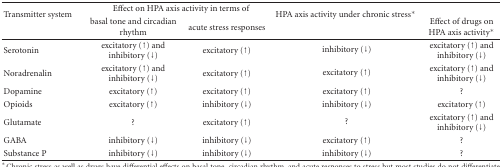
| <ROWSPAN=2> Transmitter system | <COLSPAN=2> Effect on HPA axis activity in terms of | <ROWSPAN=2> HPA axis activity under chronic stress* |  |
 | basal tone and circadian rhythm | acute stress responses | Effect of drugs on HPA axis activity* |
 | --- | --- | --- | --- | --- |
 | Serotonin | excitatory (↑) and inhibitory (↓) | excitatory (↑) | inhibitory (↓) | excitatory (↑) and inhibitory (↓) |
 | Noradrenalin | excitatory (↑) and inhibitory (↓) | excitatory (↑) | excitatory (↑) | excitatory (↑) and inhibitory (↓) |
 | Dopamine | excitatory (↑) | excitatory (↑) | excitatory (↑) | ? |
 | Opioids | excitatory (↑) | inhibitory (↓) | inhibitory (↓) | excitatory (↑) |
 | Glutamate | ? | excitatory (↑) | ? | excitatory (↑) and inhibitory (↓) |
 | GABA | inhibitory (↓) | inhibitory (↓) | excitatory (↑) | ? |
 | Substance P | inhibitory (↓) | inhibitory (↓) | inhibitory (↓) | ? |